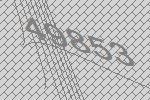
49853